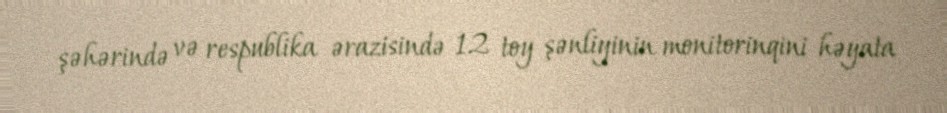
şəhərində və respublika ərazisində 12 toy şənliyinin monitorinqini həyata